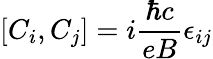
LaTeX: \left[C_{i},C_{j}\right]=i\frac{\hbar c}{eB}\epsilon_{ij}